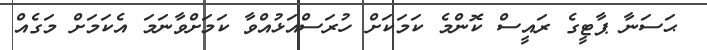
ޙަސަނާ ޕާޓީގެ ރައީސް ކޮންމެ ކަމަކަށް ހުރަސްއަޅުއްވާ ކަމަށްވާނަމަ އެކަމަށް މަގެއް